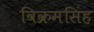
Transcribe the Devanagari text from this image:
विक्रमसिंह